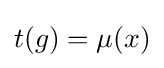
t(g)=\mu (x)